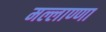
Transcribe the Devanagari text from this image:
मल्लाण्णा